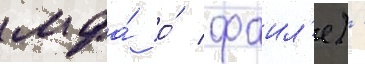
мфа́ о́ фаил'е) -